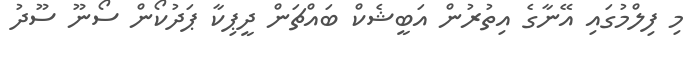
މި ފިލްމުގައި އޭނާގެ އިތުރުން އަބީޝެކް ބައްޗަން ދީޕިކާ ޕަދުކޯން ސޯނޫ ސޫދު